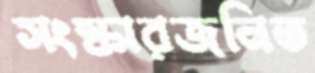
সংস্কারজনিত